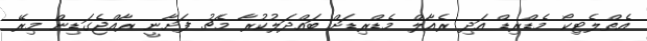
އެތްލެޓިކޯ މެޑްރިޑް އަދި ރެއާލް މެޑްރިޑަށް ބައްދަލުކުރާ މެޗު ފަށާނީ ރާއްޖެގަޑިން މިރޭ